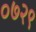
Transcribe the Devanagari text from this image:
०७२९